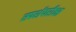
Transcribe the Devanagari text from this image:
स्पर्शपरीक्षा